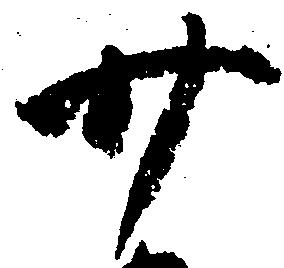
廿